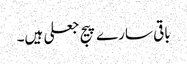
باقی سارے پیج جعلی ہیں۔